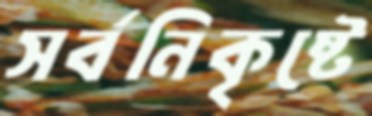
সর্বনিকৃষ্টে